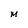
Character: M